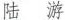
陆 游